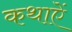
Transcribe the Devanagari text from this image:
कथाऐं